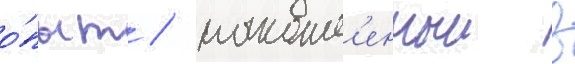
о́пыт / накопл'енныи в